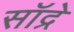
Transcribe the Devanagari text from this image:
सॉद्रे